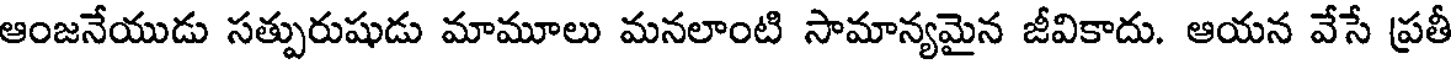
ఆంజనేయుడు సత్పురుషుడు మామూలు మనలాంటి సామాన్యమైన జీవికాదు. ఆయన వేసే ప్రతీ